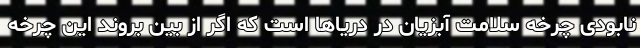
نابودی چرخه سلامت آبزیان در دریاها است که اگر از بین بروند این چرخه